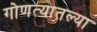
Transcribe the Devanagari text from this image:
गोणत्यातल्या